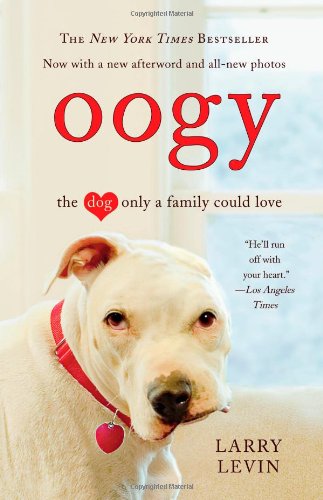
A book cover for Oogy: The Dog Only a Family Could Love; Larry Levin; Crafts, Hobbies & Home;